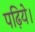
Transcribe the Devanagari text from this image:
पढ़िये।